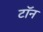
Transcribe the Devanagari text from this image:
टॉन